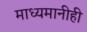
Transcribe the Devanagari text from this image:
माध्यमानीही